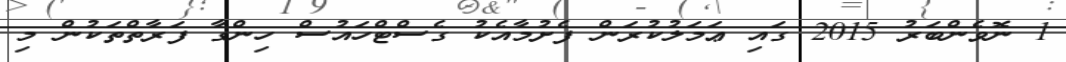
1 ނޮވެންބަރު 2015 ގައި ޢަމަލުކުރަން ފެށުމާއެކު ގެސްޓްހައުސް ހިންގާ ފަރާތްތަކުން މި